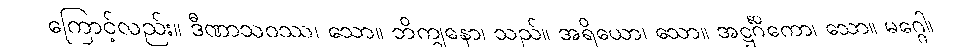
ကြောင့်လည်း။ ဒီဏာသဝဿ၊ သော။ ဘိက္ခုနော၊ သည်။ အရိယော၊ သော။ အဋ္ဌင်္ဂိကော၊ သော။ မဂ္ဂေါ၊